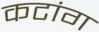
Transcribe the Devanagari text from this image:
कटांग